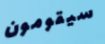
سيقومون